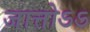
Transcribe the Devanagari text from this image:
जात्तोऽऽ